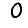
Digit: 0